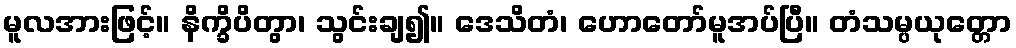
မူလအားဖြင့်။ နိက္ခိပိတွာ၊ သွင်းချ၍။ ဒေသိတံ၊ ဟောတော်မူအပ်ပြီ။ တံသမ္ပယုတ္တော